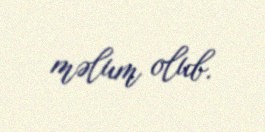
məlum olub.